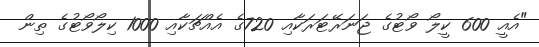
"އެއީ 600 ކީލޯ ވޯޓުގެ ޖަނަރޭޓަރަކާއި 720ގެ އެއްޗަކާއި 1000 ކިލޯވޯޓުގެ ތިން